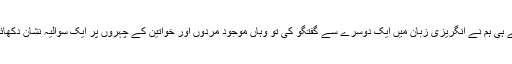
جیسے ہی ہم نے انگریزی زبان میں ایک دوسرے سے گفتگو کی تو وہاں موجود مردوں اور خواتین کے چہروں پر ایک سوالیہ نشان دکھائی دیا۔